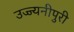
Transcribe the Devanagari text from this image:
उज्ज्यनीपुरी